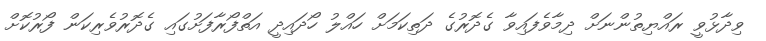
ވިދާޅުވީ ރައްޔިތުންނަށް ދިމާވެފައިވާ ގެދޮރުގެ ދަތިކަމަށް ހައްލު ހޯދައިދީ އަތްފޯރާފަށުގައި ގެދޮރުވެރިކަން ފޯރުކޮށް